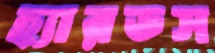
হ্যারডস